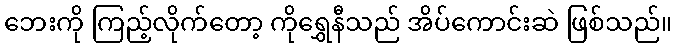
ဘေးကို ကြည့်လိုက်တော့ ကိုရွှေနီသည် အိပ်ကောင်းဆဲ ဖြစ်သည်။